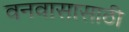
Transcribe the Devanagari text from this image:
वनवासासाठी